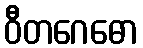
ဝီတဂေဓော